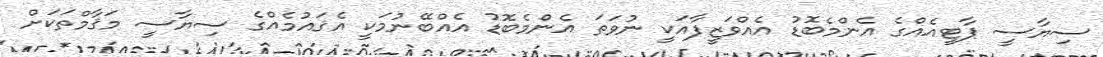
ސިޔާސީ ޕާޓީއެއްގެ އެންމެބޮޑު އެއްވަޒީފާއަކީ ނުވަތަ އެންމެބޮޑު އެއްބޭނުމަކީ އެޤައުމެއްގެ ސިޔާސީ މަޤާމްތަކަށް